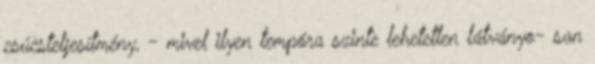
csúcsteljesítmény, - mivel ilyen tempóra szinte lehetetlen látványo- san